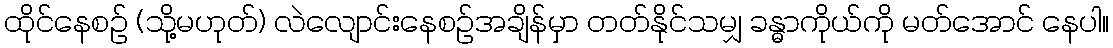
ထိုင်နေစဉ် (သို့မဟုတ်) လဲလျောင်းနေစဉ်အချိန်မှာ တတ်နိုင်သမျှ ခန္ဓာကိုယ်ကို မတ်အောင် နေပါ။